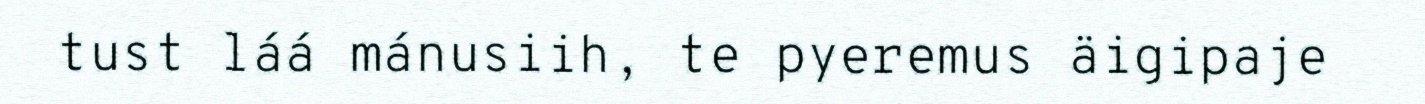
tust láá mánusiih, te pyeremus äigipaje